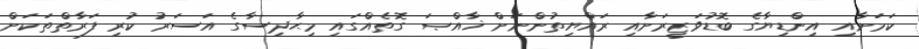
ކަމަށާއި އިންޑިޔާގެ ބޮޑުވަޒީރަށާއި ރައްޔިތުންނަށް ޚާއްޞަ ގޮތެއްގައި މިޙާދިސާގެ އަސަރު ކުރި ފަރާތްތަކަށް